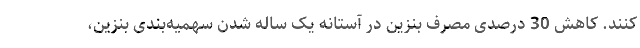
کنند. کاهش 30 درصدی مصرف بنزین در آستانه یک ساله شدن سهمیه‌بندی بنزین،